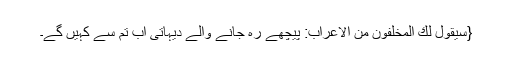
{سَیَقُوْلُ لَكَ الْمُخَلَّفُوْنَ مِنَ الْاَعْرَابِ: پیچھے رہ جانے والے دیہاتی اب تم سے کہیں گے۔